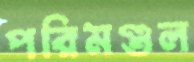
পরিমণ্ডল